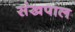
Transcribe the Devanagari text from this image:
संखपाल